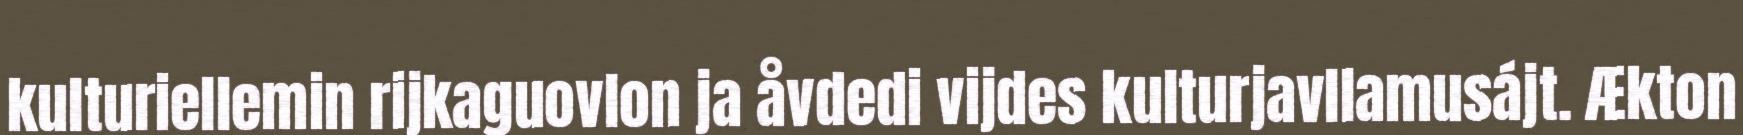
kulturiellemin rijkaguovlon ja åvdedi vijdes kulturjavllamusájt. Ækton